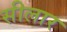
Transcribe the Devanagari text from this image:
सीलार